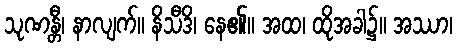
သုဏန္တီ၊ နာလျက်။ နိသီဒိ၊ နေ၏။ အထ၊ ထိုအခါ၌။ အဿာ၊